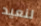
لنعيد